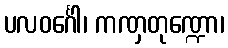
ပလဝင်္ဂေါ၊ ကဏှတုဏ္ဍော၊